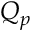
Q _ { p }